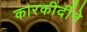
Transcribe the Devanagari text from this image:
कारकीर्दीने